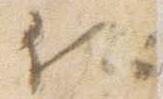
候